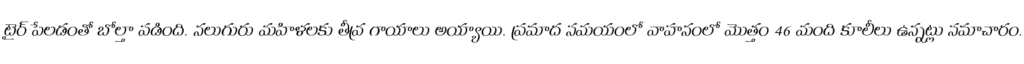
టైర్ పేలడంతో బోల్తా పడింది. నలుగురు మహిళలకు తీవ్ర గాయాలు అయ్యాయి. ప్రమాద సమయంలో వాహనంలో మొత్తం 46 మంది కూలీలు ఉన్నట్లు సమాచారం.